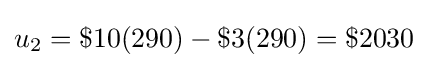
u_{2}=\$10(290)-\$3(290)=\$2030